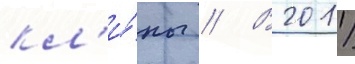
кл'и́пы // В 2011